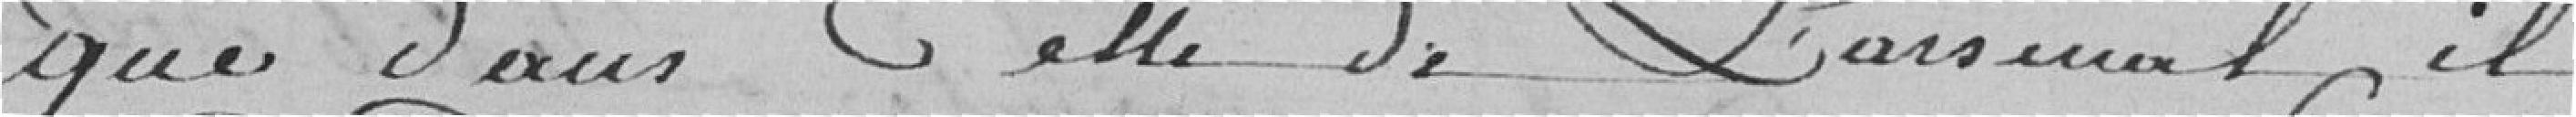
que dans celle de l'arsenal, il